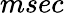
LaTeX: msec